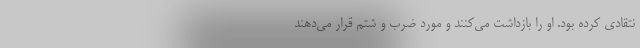
نتقادی کرده بود. او را بازداشت می‌کنند و مورد ضرب و شتم قرار می‌دهند